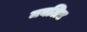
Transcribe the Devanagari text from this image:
मवलिद